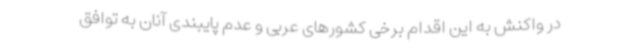
در واکنش به این اقدام برخی کشورهای عربی و عدم پایبندی آنان به توافق